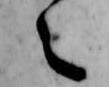
之